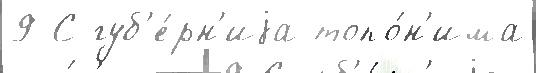
9 С губ'е́рн'иjа топо́н'има